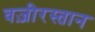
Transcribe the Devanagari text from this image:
वज़ीरस्तान